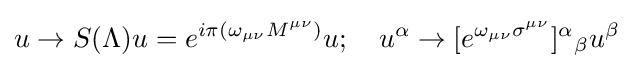
u\rightarrow S(\Lambda )u=e^{i\pi (\omega _{\mu \nu }M^{\mu \nu })}u;\quad u^{\alpha }\rightarrow [e^{\omega _{\mu \nu }\sigma ^{\mu \nu }}]^{\alpha }{}_{\beta }u^{\beta }